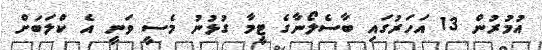
އުމުރުން 13 އަހަރުގައި ބާސެލޯނާގެ ޓީމާ ގުޅުނު މެސީ ވަނީ އެ ކްލަބަށް